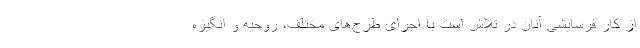
از کار فرسایشی آنان در تلاش است با اجرای طرح‌های مختلف، روحیه و انگیزه